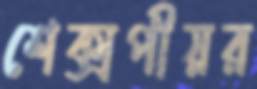
শেক্সপীয়র